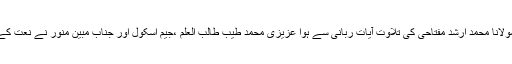
اس تقریب کا آغاز مولانا محمد ارشد مفتاحی کی تلاوت آیاتِ ربانی سے ہوا عزیزی محمد طیب طالب العلم ،جیم اسکول اور جناب مبین منور نے نعت کے نذرانے پیش کئے۔